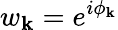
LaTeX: w_{\mathbf{k}}=e^{i\phi_{\mathbf{k}}}